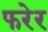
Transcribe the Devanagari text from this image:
फरेर